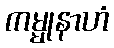
ကမ္မုနာဟံ